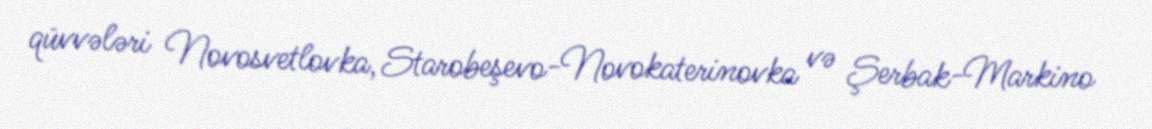
qüvvələri Novosvetlovka, Starobeşevo-Novokaterinovka və Şerbak-Markino